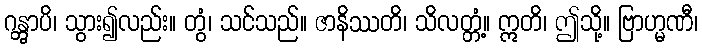
ဂန္တွာပိ၊ သွား၍လည်း။ တွံ၊ သင်သည်။ ဇာနိဿတိ၊ သိလတ္တံ့။ ဣတိ၊ ဤသို့။ ဗြာဟ္မဏီ၊